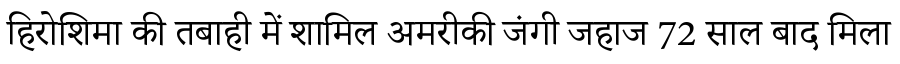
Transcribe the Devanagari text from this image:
हिरोशिमा की तबाही में शामिल अमरीकी जंगी जहाज 72 साल बाद मिला